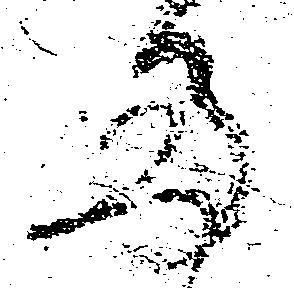
多